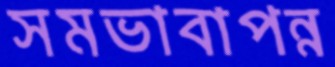
সমভাবাপন্ন